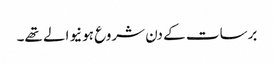
برسات کے دن شروع ہونیوالے تھے۔